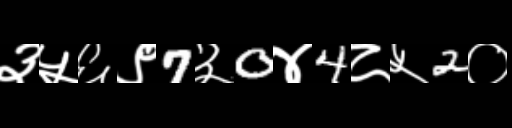
Text: ३५६९7३0४4८५2०